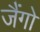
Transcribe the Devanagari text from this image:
जैंगो